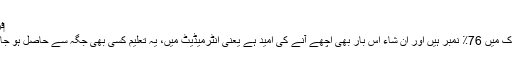
‏فروری 01، 2015 #4
مجھے درکار ہیں، میٹرک میں 76٪ نمبر ہیں اور ان شاء اس بار بھی اچھے آنے کی امید ہے یعنی انٹرمیڈیٹ میں، یہ تعلیم کسی بھی جگہ سے حاصل ہو جائے ، جگہ کا مسلہ نہیں۔